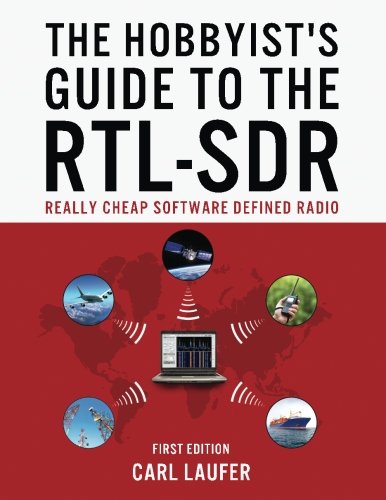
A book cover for The Hobbyist's Guide to the RTL-SDR: Really Cheap Software Defined Radio; Mr. Carl Laufer; Engineering & Transportation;